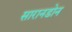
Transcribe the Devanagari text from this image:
सारानडोन